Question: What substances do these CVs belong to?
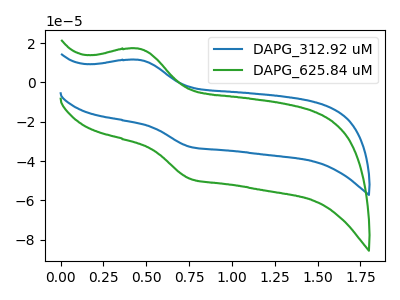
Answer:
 <answer>The blue curve is labeled "DAPG_312.92 uM". The green curve is labeled "DAPG_625.84 uM".</answer>
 <eval></eval>